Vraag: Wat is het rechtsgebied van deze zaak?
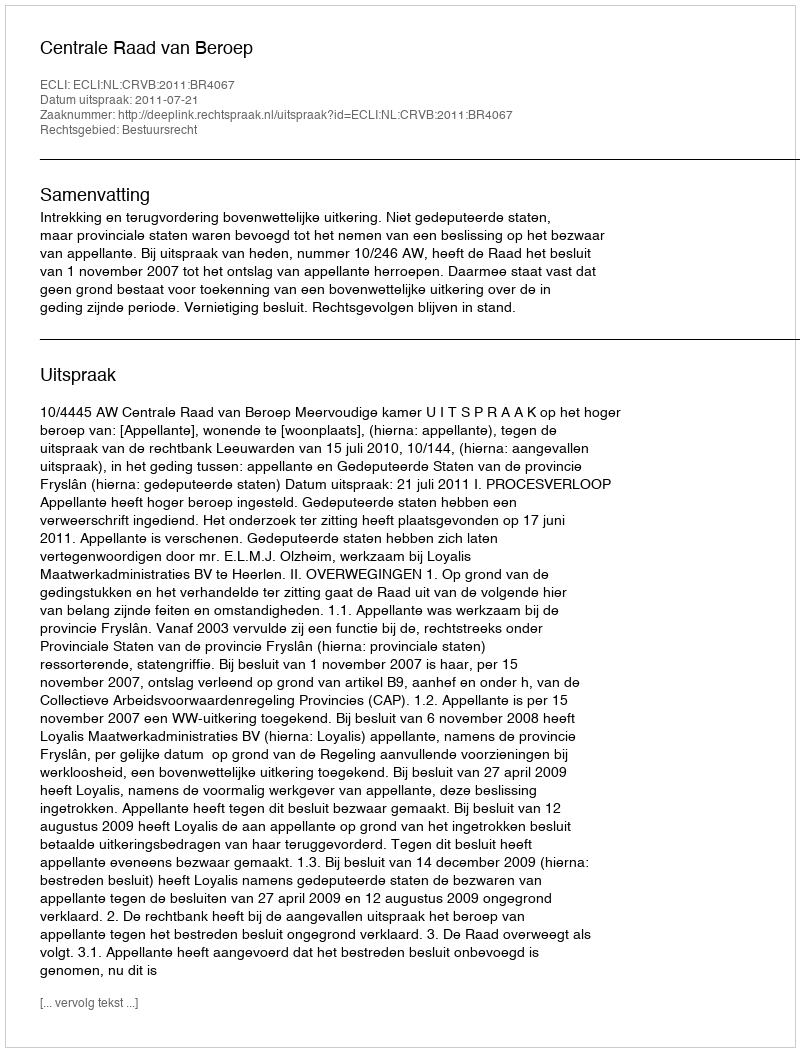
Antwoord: Bestuursrecht